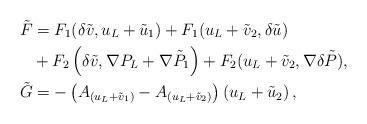
LaTeX: \begin{align*}\tilde{F} & =F_{1}(\delta\tilde{v},u_{L}+\tilde{u}_{1})+F_{1}(u_{L}+\tilde{v}_{2},\delta\tilde{u})\\& +F_{2}\left( \delta\tilde{v},\nabla P_{L}+\nabla\tilde{P}_{1}\right)+F_{2}(u_{L}+\tilde{v}_{2},\nabla\delta\tilde{P}),\\\tilde{G} & =-\left( A_{(u_{L}+\tilde{v}_{1})}-A_{(u_{L}+\tilde{v}_{2})}\right) \left( u_{L}+\tilde{u}_{2}\right) ,\end{align*}